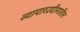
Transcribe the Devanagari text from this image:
व्यापारउदीमातील